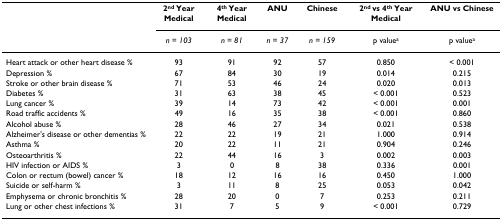
<table><thead><tr><td></td><td><b>2<sup>nd </sup>Year Medical</b></td><td><b>4<sup>th </sup>Year Medical</b></td><td><b>ANU</b></td><td><b>Chinese</b></td><td><b>2<sup>nd </sup>vs 4<sup>th </sup>Year Medical</b></td><td><b>ANU vs Chinese</b></td></tr><tr><td></td><td><b><i>n = 103</i></b></td><td><b><i>n = 81</i></b></td><td><b><i>n = 37</i></b></td><td><b><i>n = 159</i></b></td><td><b>p value<sup>a</sup></b></td><td><b>p value<sup>a</sup></b></td></tr></thead><tbody><tr><td>Heart attack or other heart disease %</td><td>93</td><td>91</td><td>92</td><td>57</td><td>0.850</td><td>&lt; 0.001</td></tr><tr><td>Depression %</td><td>67</td><td>84</td><td>30</td><td>19</td><td>0.014</td><td>0.215</td></tr><tr><td>Stroke or other brain disease %</td><td>71</td><td>53</td><td>46</td><td>24</td><td>0.020</td><td>0.013</td></tr><tr><td>Diabetes %</td><td>31</td><td>63</td><td>38</td><td>45</td><td>&lt; 0.001</td><td>0.523</td></tr><tr><td>Lung cancer %</td><td>39</td><td>14</td><td>73</td><td>42</td><td>&lt; 0.001</td><td>0.001</td></tr><tr><td>Road traffic accidents %</td><td>49</td><td>16</td><td>35</td><td>38</td><td>&lt; 0.001</td><td>0.860</td></tr><tr><td>Alcohol abuse %</td><td>28</td><td>46</td><td>27</td><td>34</td><td>0.021</td><td>0.538</td></tr><tr><td>Alzheimer&#x27;s disease or other dementias %</td><td>22</td><td>22</td><td>19</td><td>21</td><td>1.000</td><td>0.914</td></tr><tr><td>Asthma %</td><td>20</td><td>22</td><td>11</td><td>21</td><td>0.904</td><td>0.246</td></tr><tr><td>Osteoarthritis %</td><td>22</td><td>44</td><td>16</td><td>3</td><td>0.002</td><td>0.003</td></tr><tr><td>HIV infection or AIDS %</td><td>3</td><td>0</td><td>8</td><td>38</td><td>0.336</td><td>0.001</td></tr><tr><td>Colon or rectum (bowel) cancer %</td><td>18</td><td>12</td><td>16</td><td>16</td><td>0.450</td><td>1.000</td></tr><tr><td>Suicide or self-harm %</td><td>3</td><td>11</td><td>8</td><td>25</td><td>0.053</td><td>0.042</td></tr><tr><td>Emphysema or chronic bronchitis %</td><td>28</td><td>20</td><td>0</td><td>7</td><td>0.253</td><td>0.211</td></tr><tr><td>Lung or other chest infections %</td><td>31</td><td>7</td><td>5</td><td>9</td><td>&lt; 0.001</td><td>0.729</td></tr></tbody></table>